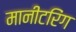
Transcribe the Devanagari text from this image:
मानीटरिंग